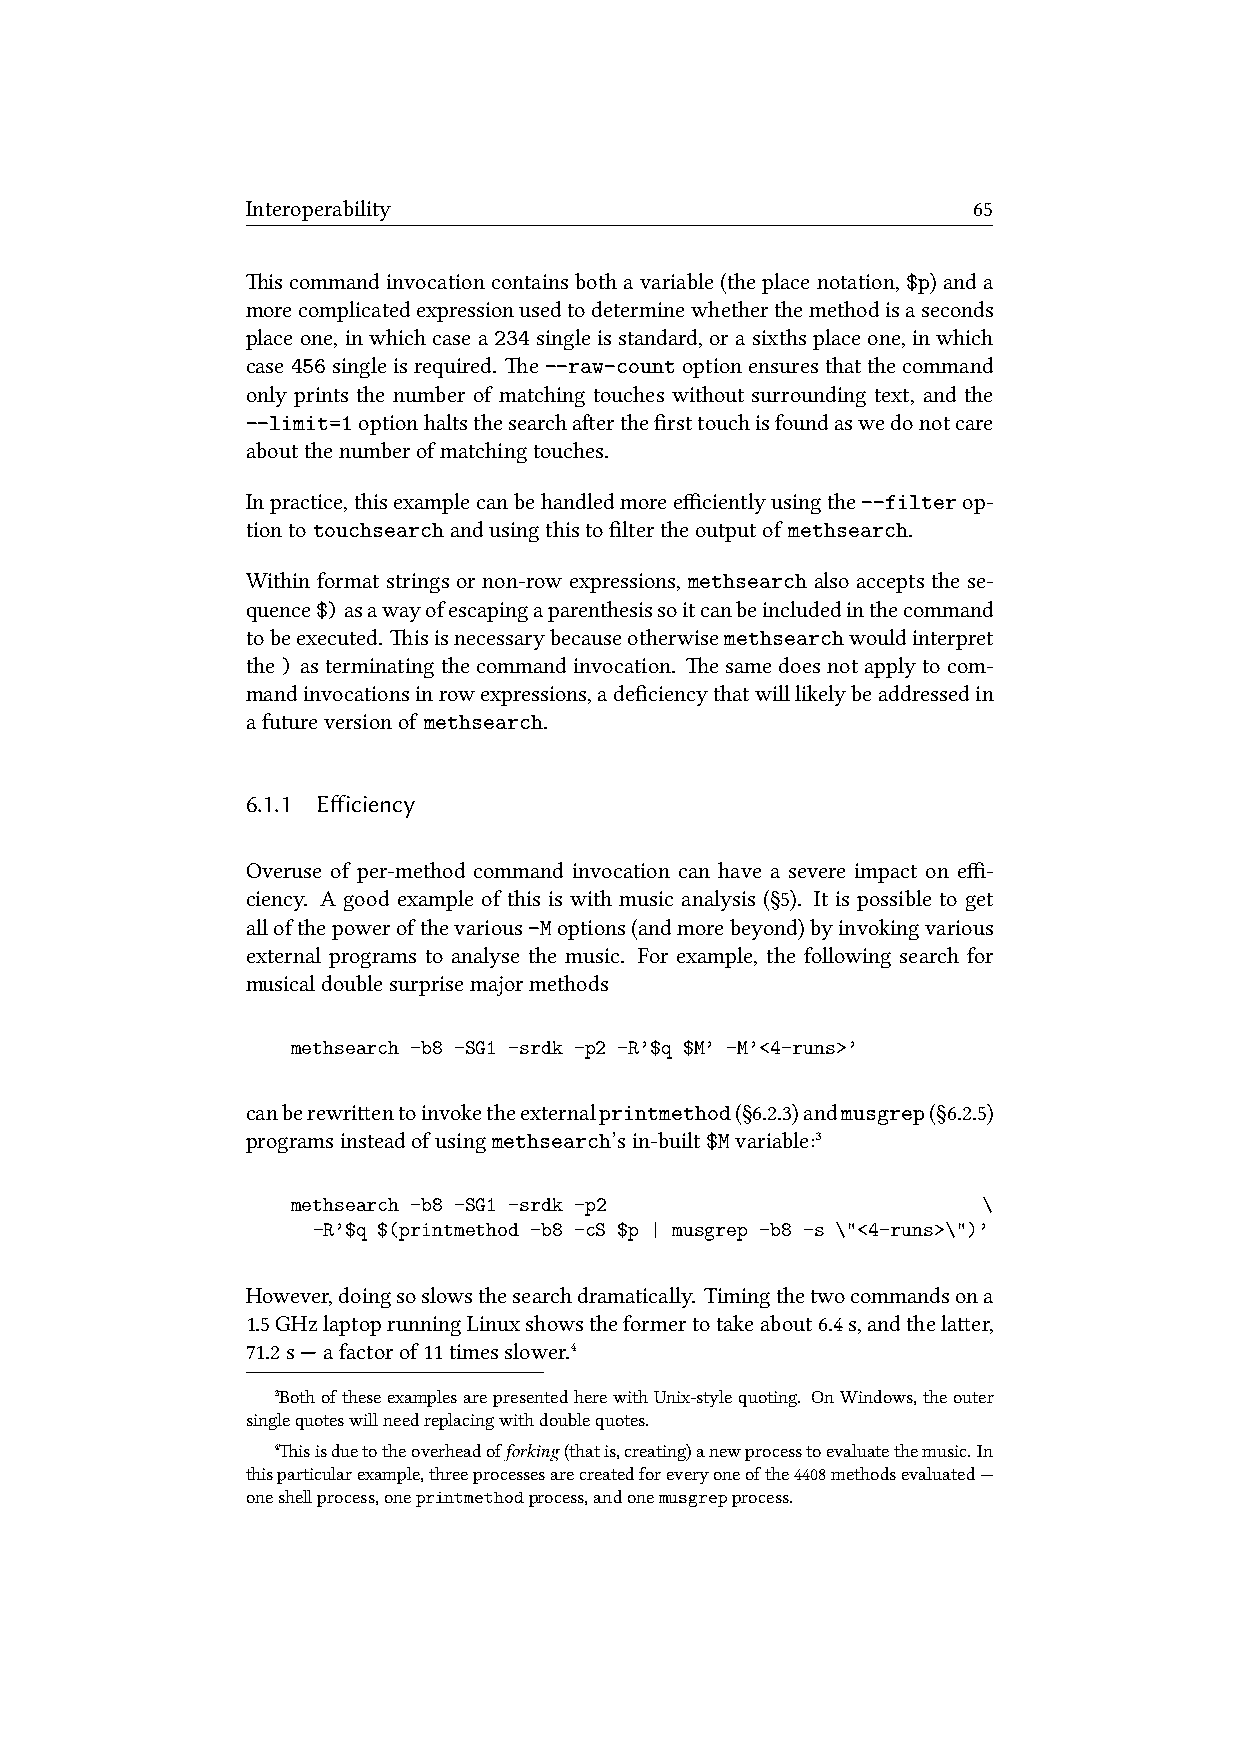
Interoperability                                65
 iscommandinvocationcontainsbothavariable(theplacenotation,$p)anda
 morecomplicatedexpressionusedtodeterminewhetherthemethodisaseconds
 placeone, inwhichcasea234singleisstandard, orasixthsplaceone, inwhich
 case456singleisrequired. e--raw-countoptionensuresthatthecommand
 only prints the number of matching touches without surrounding text, and the
 --limit=1optionhaltsthesearchaerthefirsttouchisfoundaswedonotcare
 aboutthenumberofmatchingtouches.
 Inpractice,thisexamplecanbehandledmoreefficientlyusingthe--filterop-
 tiontotouchsearchandusingthistofiltertheoutputof methsearch.
 Within format strings or non-row expressions, methsearch also accepts the se-
 quence$)asawayofescapingaparenthesissoitcanbeincludedinthecommand
 tobeexecuted. isisnecessarybecauseotherwisemethsearchwouldinterpret
 the ) as terminating the command invocation. e same does not apply to com-
 mandinvocationsinrowexpressions,adeficiencythatwilllikelybeaddressedin
 afutureversionof methsearch.
 6.1.1 Efficiency
 Overuse of per-method command invocation can have a severe impact on effi-
 ciency. A good example of this is with music analysis (§5). It is possible to get
 allofthepowerofthevarious-Moptions(andmorebeyond)byinvokingvarious
 external programs to analyse the music. For example, the following search for
 musicaldoublesurprisemajormethods
 methsearch -b8 -SG1 -srdk -p2 -R’$q $M’ -M’<4-runs>’
 canberewrientoinvoketheexternalprintmethod(§6.2.3)andmusgrep(§6.2.5)
 programsinsteadofusingmethsearch’sin-built$Mvariable:³
 methsearch -b8 -SG1 -srdk -p2                 \
 -R’$q $(printmethod -b8 -cS $p | musgrep -b8 -s \"<4-runs>\")’
 However,doingsoslowsthesearchdramatically. Timingthetwocommandsona
 1.5GHzlaptoprunningLinuxshowstheformertotakeabout6.4s,andthelaer,
 71.2s—afactorof11timesslower.⁴
 ³BothoftheseexamplesarepresentedherewithUnix-stylequoting. OnWindows,theouter
 singlequoteswillneedreplacingwithdoublequotes.
 ⁴isisduetotheoverheadofforking(thatis,creating)anewprocesstoevaluatethemusic.In
 thisparticularexample,threeprocessesarecreatedforeveryoneofthe4408methodsevaluated—
 oneshellprocess,oneprintmethodprocess,andonemusgrepprocess.